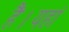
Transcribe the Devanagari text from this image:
हैं।यहां